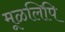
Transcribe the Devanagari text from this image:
मूळलिपि